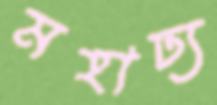
মহাঢ্য